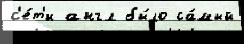
с'е́т'и англ бы́ло са́мый